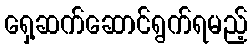
ရှေ့ဆက်ဆောင်ရွက်ရမည့်